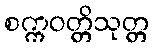
စက္ကဝတ္တိသုတ္တ